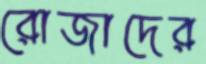
রোজাদের